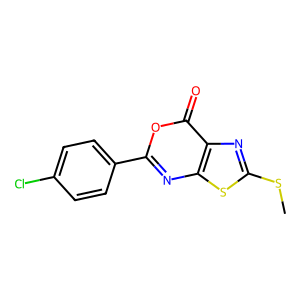
SMILES: CSc1nc2c(=O)oc(-c3ccc(Cl)cc3)nc2s1
Inhibits HIV replication: No